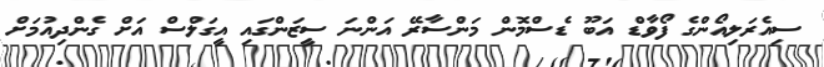
ސިއެރަލިއޯންގެ ފޯވާޑް އަބޫ ޑެސްމޮން މަންސާރޭ އަންނަ ސީޒަންގައި އީގަލްސް އަށް ގެންދިއުމަށް